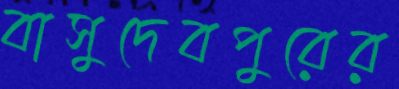
বাসুদেবপুরের